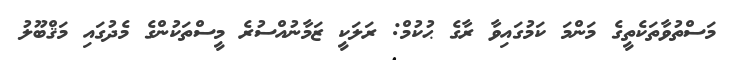
މަސްތުވާތަކެތީގެ މަންމަ ކަމުގައިވާ ރާގެ ޙުކުމް: ރަލަކީ ޒަމާނުއްސުރެ މީސްތަކުންގެ މެދުގައި މަޤްބޫލު